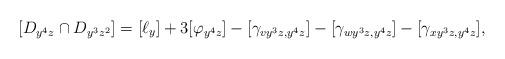
LaTeX: \begin{align*} [D_{y^4z}\cap D_{y^3z^2}] = [\ell_y] + 3[\varphi_{y^4z}] - [\gamma_{vy^3z,y^4z}]- [\gamma_{wy^3z,y^4z}]- [\gamma_{xy^3z,y^4z}],\end{align*}